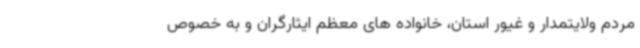
مردم ولایتمدار و غیور استان، خانواده های معظم ایثارگران و به خصوص